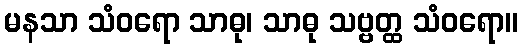
မနသာ သံဝရော သာဓု၊ သာဓု သဗ္ဗတ္ထ သံဝရော။